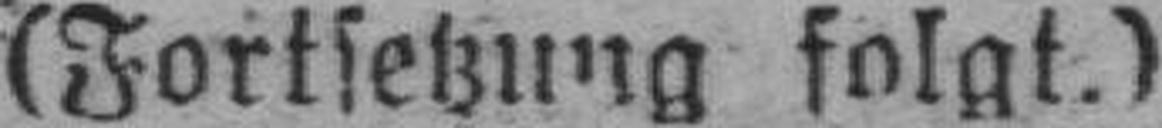
(Fortsetzung folgt.)